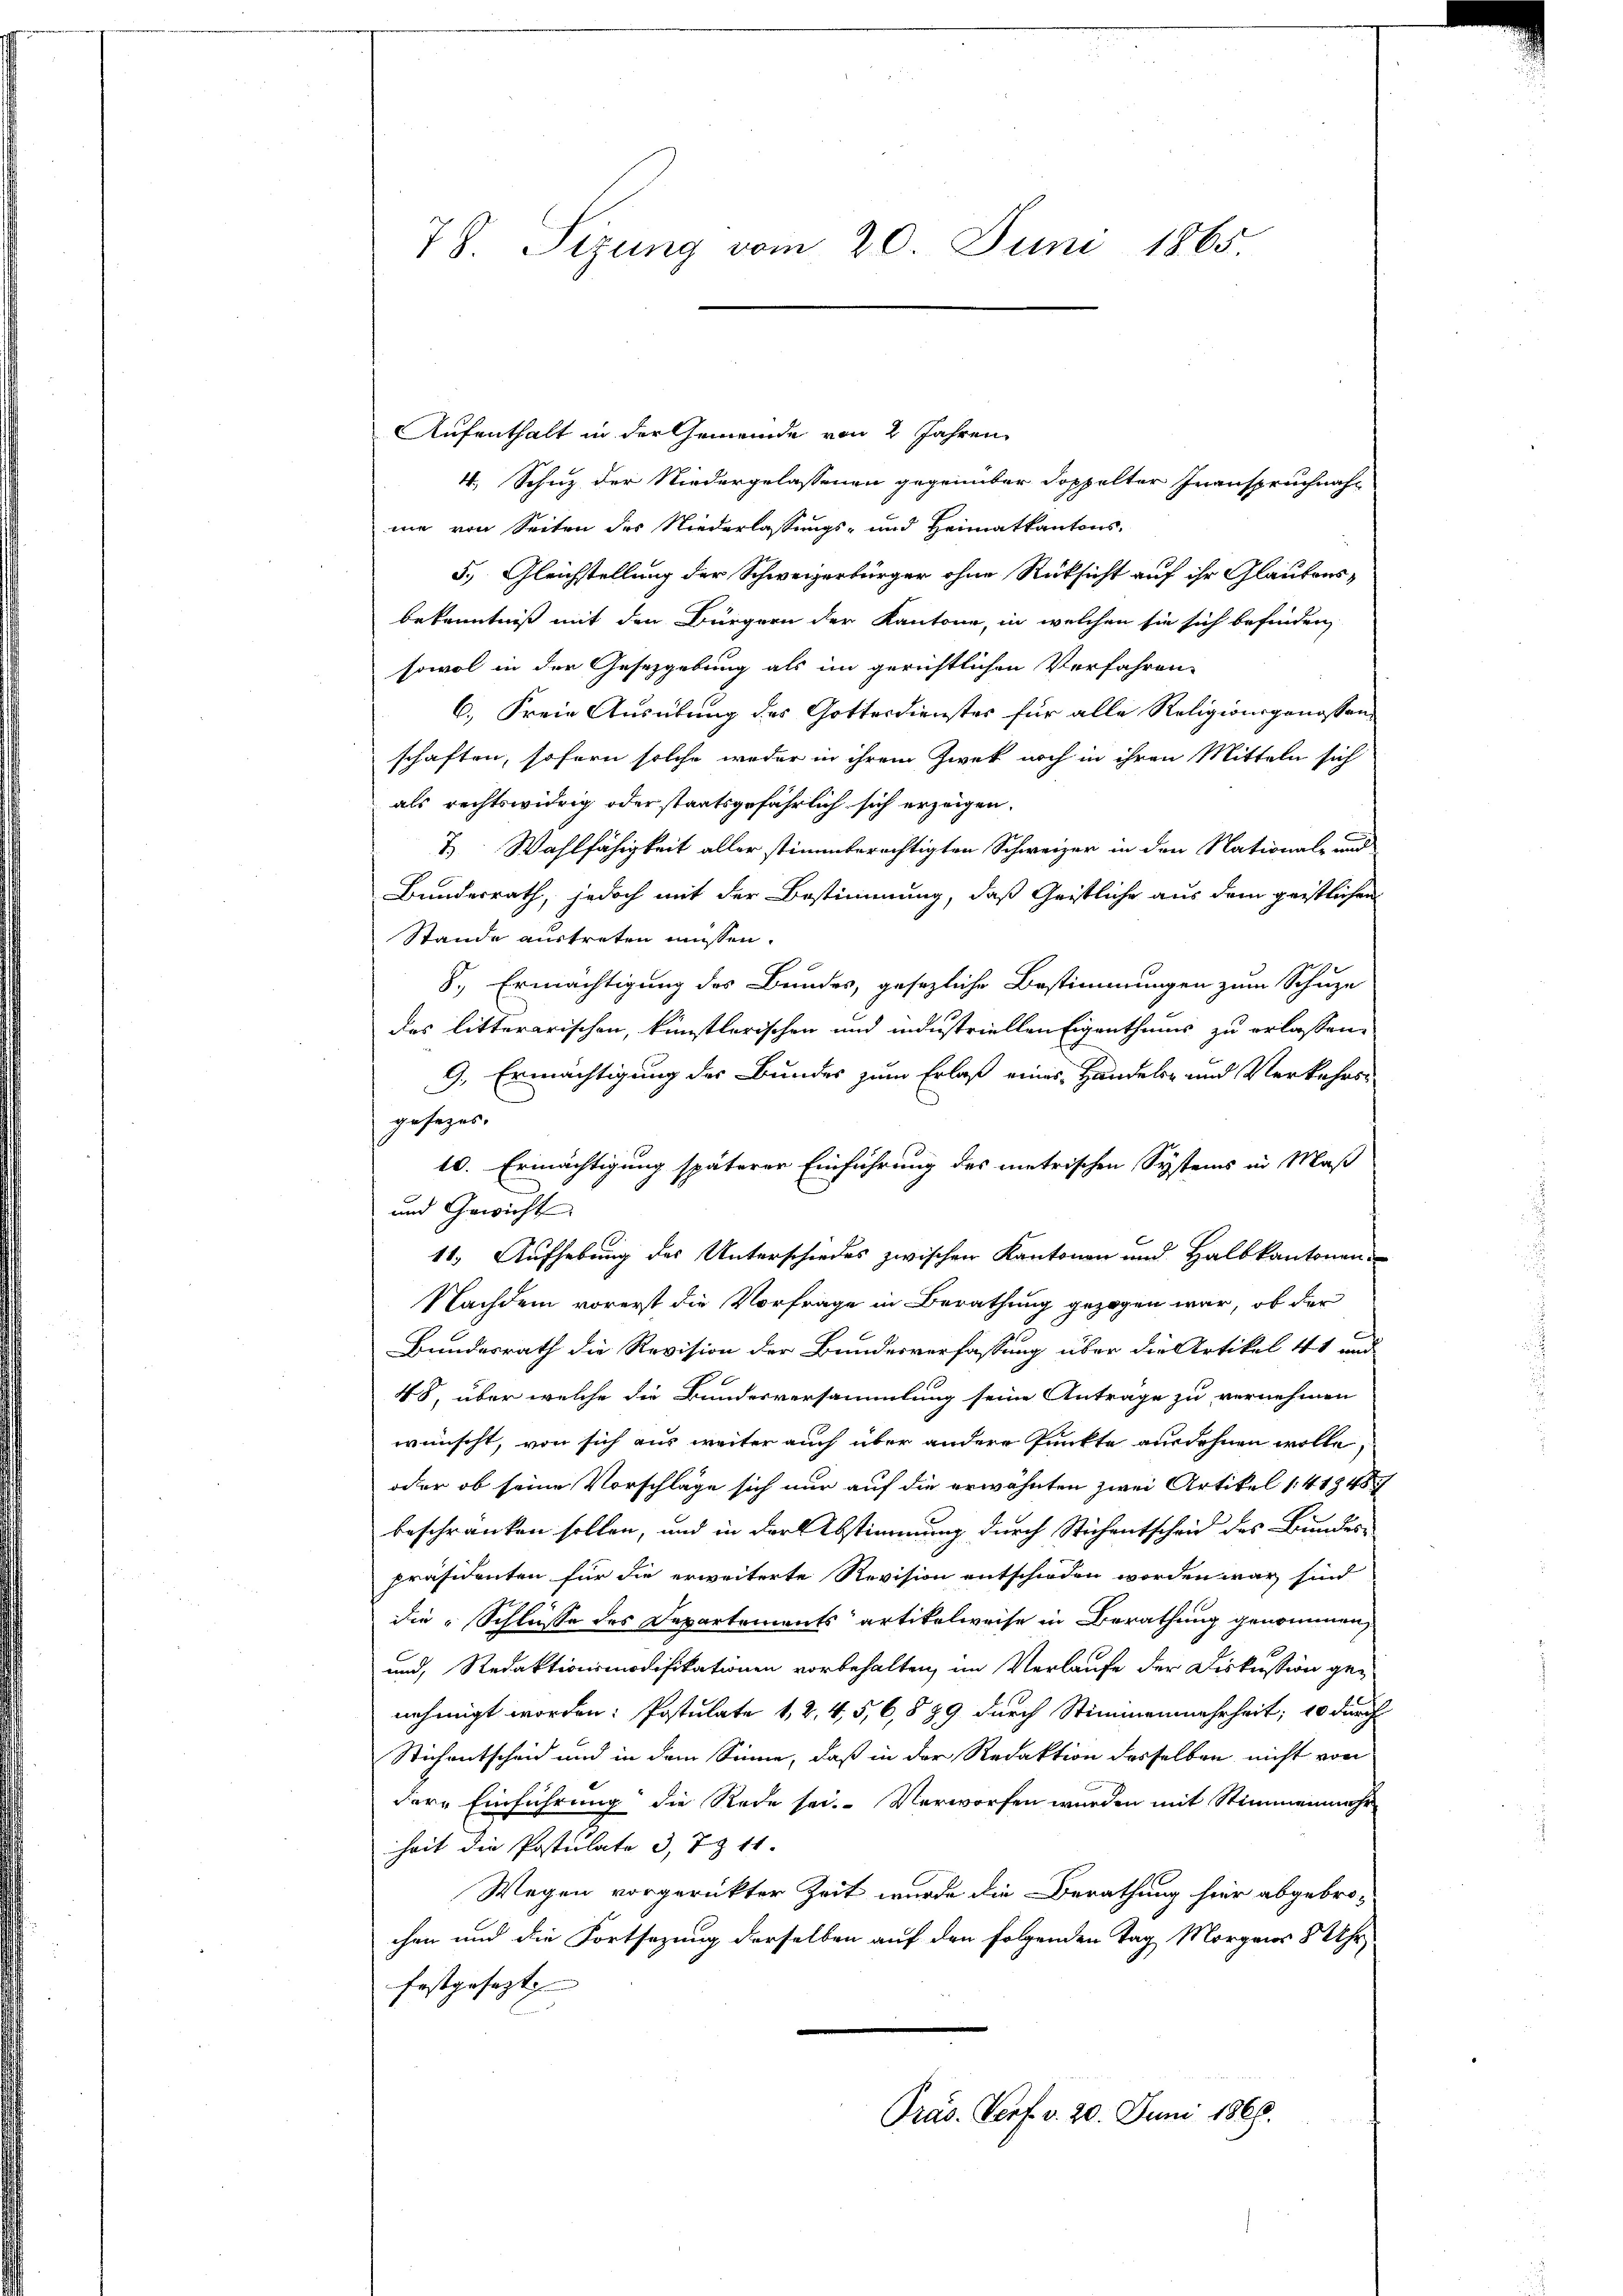
78. Sizung vom 20. Juni 1865.

Aufenthalt in der Gemeinde von 2 Jahren
4. Schutz der Niedergelassenen gegenüber doppelter Inanspruchnahnie von Seiten des Niederlassungs- und Heimatkantons-
5.) Gleichstellung der Schweizerbürger ohne Rücksicht auf ihr Glaubensbekenntniß mit den Bürgern der Kantone, in welchen sie sich befinden,
sowol in der Gesetzgebung als im gerichtlichen Verfahren-
6. Freie Ausübung des Gottesdienstes für alle Religionsgenossen
schaften, sofern solche weder in ihrem Zwek noch in ihren Mitteln sich
als rechtswidrig oder staatsgefährlich sich erzeigen.
7.) Wahlfähigkeit aller stimmberechtigten Schweizer in den Nationale und
Bundesrath, jedoch mit der Bestimmung, daß Geistliche aus dem geistlichen
Stande austreten müssen.
8., Ermächtigung des Bundes, gesezliche Bestimmungen zum Schuze
das litterarischen, künstlerischen und industriellen Eigenthums zu erlassen.
9. Ermächtigung des Bundes zum Erlaß eines Handels- und Verkehrs-
gesezes.
10. Ermächtigung späterer Einführung des metrischen Systems in Maß
und Gewicht
11.) Aufhebung des Unterschiedes zwischen Kantonen und Halbkantonen
Nachdem vorerst die Vorfrage in Berathung gezogen war, ob der
Bundesrath die Revision der Bundesverfassung über die Artikel 41 und
48, über welche die Bundesversammlung seine Antrage zu vernehmen
wünscht, von sich aus weiter auch über andere Punkte ausdehnen wolle,
oder ob seine Vorschläge sich nur auf die erwähnten zwei Artikel 14 1848
beschränken sollen, und in der Abstimmung durch Stichentscheid des Bundes¬
Präsidenten für die erweiterte Revision entschieden worden war sind
die Schlüsse des Departements artikelweise in Berathung genommen,
und, Redaktionsmodifikationen vorbehalten, im Verlaufe der Diskussion genehmigt worden: Postulate 1, 2, 4, 5, 6, 889 durch Stimmenmehrheit; 10 durch
Stichentscheid und in dem Sinne, daß in der Redaktion desselben nicht von
dere Einführung die Rede sei. Verworfen wurden mit Stimmenmehr
heit die Postulate 3, 7 § 11
Wegen vorgerückter Zeit wurde die Berathung hier abgebro-
chen und die Fortsetzung derselben auf den folgenden Tag Morgens 8 Uhr
festgesezt
Präs. Verf. v. 20. Juni 1866.